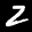
Digit: 2